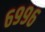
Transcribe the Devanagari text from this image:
६९९६